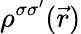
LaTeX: \rho^{\sigma\sigma^{\prime}}(\vec{r})